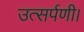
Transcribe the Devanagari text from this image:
उत्सर्पणी।